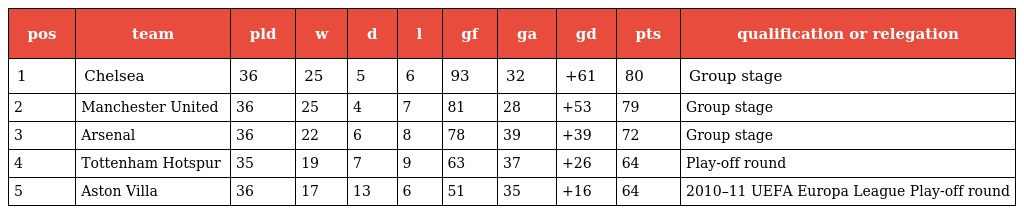
| pos | team | pld | w | d | l | gf | ga | gd | pts | qualification or relegation |
 | --- | --- | --- | --- | --- | --- | --- | --- | --- | --- | --- |
 | 1 | Chelsea | 36 | 25 | 5 | 6 | 93 | 32 | +61 | 80 | Group stage |
 | 2 | Manchester United | 36 | 25 | 4 | 7 | 81 | 28 | +53 | 79 | Group stage |
 | 3 | Arsenal | 36 | 22 | 6 | 8 | 78 | 39 | +39 | 72 | Group stage |
 | 4 | Tottenham Hotspur | 35 | 19 | 7 | 9 | 63 | 37 | +26 | 64 | Play-off round |
 | 5 | Aston Villa | 36 | 17 | 13 | 6 | 51 | 35 | +16 | 64 | 2010–11 UEFA Europa League Play-off round |